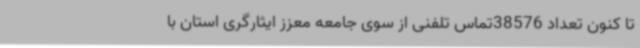
تا کنون تعداد 38576تماس تلفنی از سوی جامعه معزز ایثارگری استان با